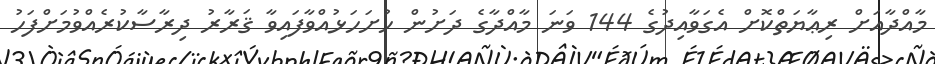
މާއްދާއަށް ރިޢާޔަތްކޮށް އެގަވާއިދުގެ 144 ވަނަ މާއްދާގެ ދަށުން ހުށަހަޅުއްވާފައިވާ ޤަރާރު ދިރާސާކުރެއްވުމަށްފަހު